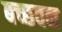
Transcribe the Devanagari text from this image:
बच्छवन